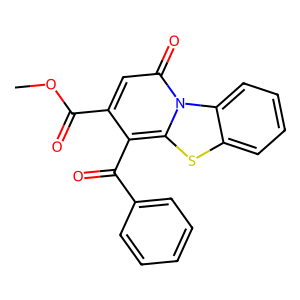
SMILES: COC(=O)c1cc(=O)n2c(sc3ccccc32)c1C(=O)c1ccccc1
Inhibits HIV replication: No